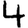
Digit: 4